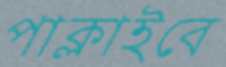
পাক্‌লাইবে